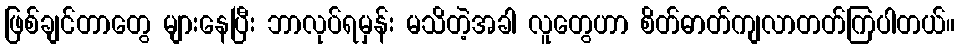
ဖြစ်ချင်တာတွေ များနေပြီး ဘာလုပ်ရမှန်း မသိတဲ့အခါ လူတွေဟာ စိတ်ဓာတ်ကျလာတတ်ကြပါတယ်။